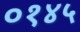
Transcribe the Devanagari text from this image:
०१४५